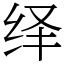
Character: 绎